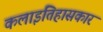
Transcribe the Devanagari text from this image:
कलाइतिहासकार